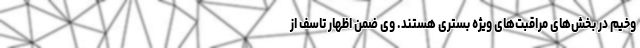
وخیم در بخش‌های مراقبت‌های ویژه بستری هستند. وی ضمن اظهار تاسف از